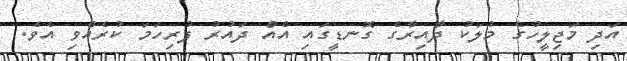
އަދި މަޖިލީހުގެ މުލަކު ދާއިރާގެ ގޮނޑީގައި އެއް ދައުރު ފުރިހަމަ ކުރެއްވި އެވެ.